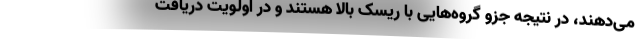
می‌دهند، در نتیجه جزو گروه‌هایی با ریسک بالا هستند و در اولویت دریافت